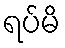
ရပ်မိ